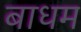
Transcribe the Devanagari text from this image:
बाधम